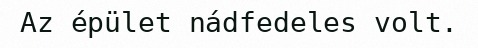
Az épület nádfedeles volt.